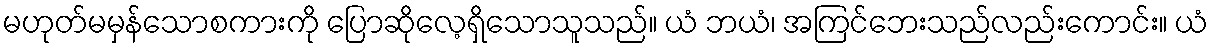
မဟုတ်မမှန်သောစကားကို ပြောဆိုလေ့ရှိသောသူသည်။ ယံ ဘယံ၊ အကြင်ဘေးသည်လည်းကောင်း။ ယံ